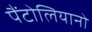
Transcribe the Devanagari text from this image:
पैंटोलियानो